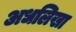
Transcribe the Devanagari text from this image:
अधलिखा